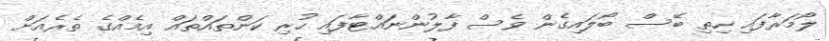
ލޯމަރާފައި ހިތި ބޭސް ބޯލައިގެން ވެސް ފާލުންނައްޓާފައި ހުރި ކަންތައްތަައް އިމެއްގެ ތެރެއަށް